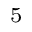
^ { 5 }